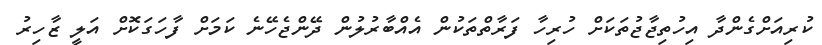
ކުރިއަށްގެންދާ އިހުތިޖާޖުތަކަށް ހުރިހާ ފަރާތްތަކުން އެއްބާރުލުން ދޭންޖެހޭނެ ކަމަށް ފާހަގަކޮށް އަލީ ޒާހިރު